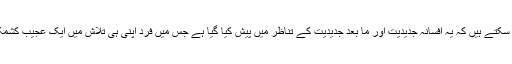
مجموعی طور پر ہم کہ سکتے ہیں کہ یہ افسانہ جدیدیت اور ما بعد جدیدیت کے تناظر میں پیش کیا گیا ہے جس میں فرد اپنی ہی تلاش میں ایک عجیب کشمکش کے ساتھ مبتلا ہے۔